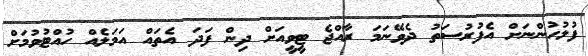
ފުލުހުންނަށް އެފުރުސަތު ދެވޭނަމަ ރާއްޖެ ޓީވީއަށް ދިން ފަދަ އެތައް އަމަލެއް ހުއްޓުވުމަށް